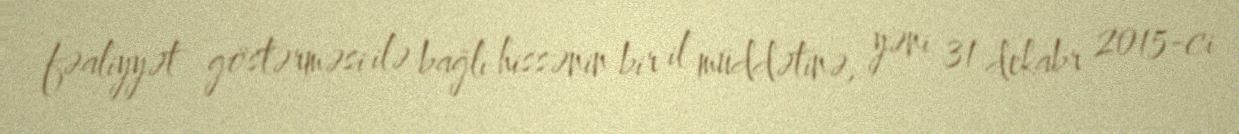
fəaliyyət göstərməsi ilə bağlı hissənin bir il müddətinə, yəni 31 dekabr 2015-ci